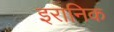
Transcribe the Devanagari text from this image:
इरानिक